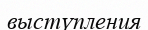
выстүпления